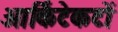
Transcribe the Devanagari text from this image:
आर्किटेकटों